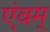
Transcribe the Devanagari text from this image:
एंवम्